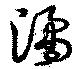
潏